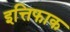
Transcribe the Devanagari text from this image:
इत्तिफाक